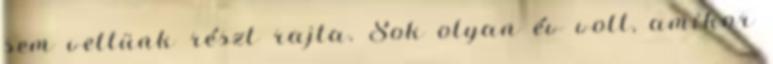
sem vettünk részt rajta. Sok olyan év volt, amikor